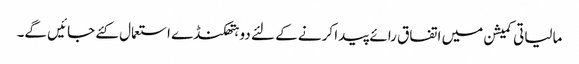
مالیاتی کمیشن میں اتفاق رائے پیدا کرنے کے لئے دو ہتھکنڈے استعمال کئے جائیں گے۔